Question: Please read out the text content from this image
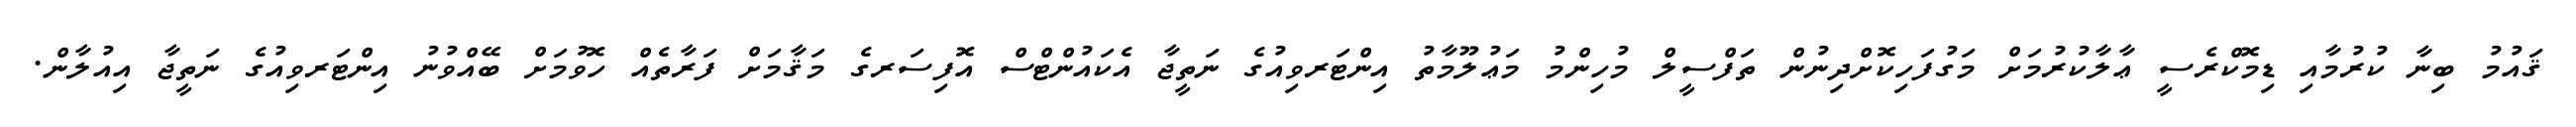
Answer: ޤައުމު ބިނާ ކުރުމާއި ޑިމޮކްރެސީ ޢާލާކުރުމަށް މަގުފަހިކޮށްދިނުން ތަފްސީލް މުހިންމު މަޢުލޫމާތު އިންޓަރވިއުގެ ނަތީޖާ އެކައުންޓްސް އޮފިސަރގެ މަޤާމަށް ފަރާތެއް ހޮވުމަށް ބޭއްވުނު އިންޓަރވިއުގެ ނަތީޖާ އިއުލާން.